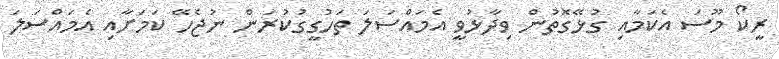
ރީކޯ މޫސަ އެކަމާއި ގުޅޭގޮތުން ވިދާޅުވީ އެމައްސަލަ ތަހުގީގުކުރަން ނުޖެހޭ ކަމަށާއި އެމައްސަލަ